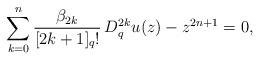
LaTeX: \begin{align*}\sum_{k=0}^n \frac{\beta_{2k}}{[2k+1]_q!}\, D_{q}^{2k}u(z)- z^{2n+1}=0,\end{align*}